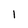
Character: 1